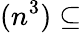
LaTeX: (n^{3})\subseteq